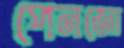
পেনজো